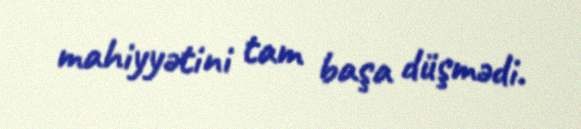
mahiyyətini tam başa düşmədi.